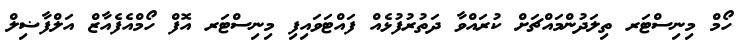
ހޯމް މިނިސްޓަރ ތިލަދުންމައްޗަށް ކުރައްވާ ދަތުރުފުޅެއް ފައްޓަވައިފި މިނިސްޓަރ އޮފް ހޯމްއެފެއާޒް އަލްފާޟިލް